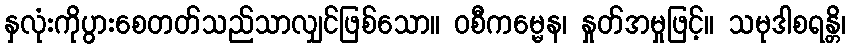
နှလုံးကိုပွားစေတတ်သည်သာလျှင်ဖြစ်သော။ ဝစီကမ္မေန၊ နှုတ်အမှုဖြင့်။ သမုဒါစရန္တိ၊